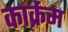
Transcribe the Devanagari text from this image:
कार्क्रम